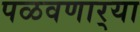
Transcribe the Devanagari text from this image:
पळवणार्‍या